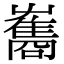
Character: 雟